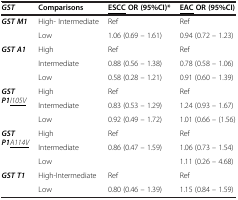
<table><thead><tr><td><b><i>GST</i></b></td><td><b>Comparisons</b></td><td><b><underline>ESCC</underline> OR (95%CI)*</b></td><td><b><underline>EAC</underline>OR (95%CI)</b></td></tr></thead><tbody><tr><td rowspan="2"><b><i>GST M1</i></b></td><td>High- Intermediate</td><td>Ref</td><td>Ref</td></tr><tr><td>Low</td><td>1.06 (0.69 – 1.61)</td><td>0.94 (0.72 – 1.23)</td></tr><tr><td rowspan="3"><b><i>GST A1</i></b></td><td>High</td><td>Ref</td><td>Ref</td></tr><tr><td>Intermediate</td><td>0.88 (0.56 – 1.38)</td><td>0.78 (0.58 – 1.06)</td></tr><tr><td>Low</td><td>0.58 (0.28 – 1.21)</td><td>0.91 (0.60 – 1.39)</td></tr><tr><td rowspan="3"><b><i>GST P1</i></b><i><underline>I105V</underline></i></td><td>High</td><td>Ref</td><td>Ref</td></tr><tr><td>Intermediate</td><td>0.83 (0.53 – 1.29)</td><td>1.24 (0.93 – 1.67)</td></tr><tr><td>Low</td><td>0.92 (0.49 – 1.72)</td><td>1.01 (0.66 – (1.56)</td></tr><tr><td rowspan="3"><b><i>GST P1</i></b><i><underline>A114V</underline></i></td><td>High</td><td>Ref</td><td>Ref</td></tr><tr><td>Intermediate</td><td>0.86 (0.47 – 1.59)</td><td>1.06 (0.73 – 1.54)</td></tr><tr><td>Low</td><td> </td><td>1.11 (0.26 – 4.68)</td></tr><tr><td><b><i>GST T1</i></b></td><td>High-Intermediate</td><td>Ref</td><td>Ref</td></tr><tr><td> </td><td>Low</td><td>0.80 (0.46 – 1.39)</td><td>1.15 (0.84 – 1.59)</td></tr></tbody></table>